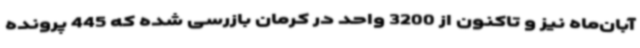
آبان‌ماه نیز و تاکنون از 3200 واحد در کرمان بازرسی شده که 445 پرونده